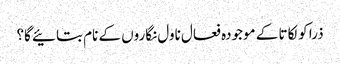
ذرا کولکاتا کے موجودہ فعال ناول نگاروں کے نام بتائیے گا؟